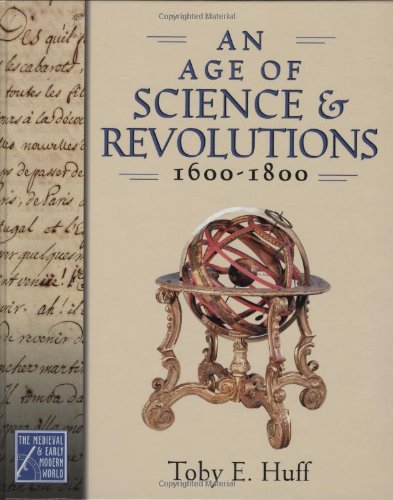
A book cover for An Age of Science and Revolutions, 1600-1800: The Medieval & Early Modern World (Medieval and Early Modern World Series); Toby E. Huff; Children's Books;